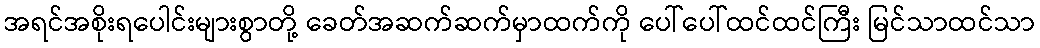
အရင်အစိုးရပေါင်းများစွာတို့ ခေတ်အဆက်ဆက်မှာထက်ကို ပေါ်ပေါ်ထင်ထင်ကြီး မြင်သာထင်သာ